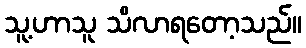
သူ့ဟာသူ သိလာရတော့သည်။